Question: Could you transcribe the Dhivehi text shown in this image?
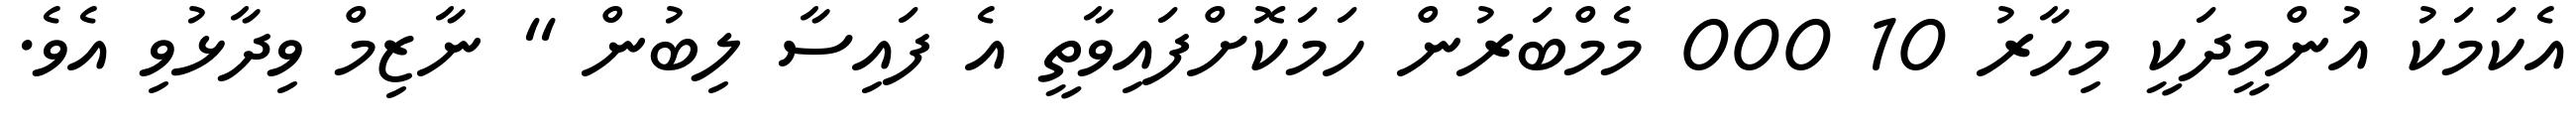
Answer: އެކަމަކު އުންމީދަކީ މިހާރު 10 000 މެމްބަރުން ހަމަކޮށްފައިވާތީ އެ ފައިސާ ލިބުން " ނާޒިމް ވިދާޅުވި އެވެ.